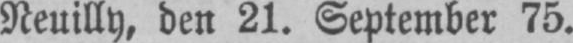
Neuilly, den 21. September 75.